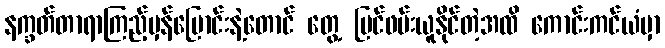
နက္ခတ်တာရာကြည့်မှန်ပြောင်းနဲ့တောင် တွေ့ မြင်ဖမ်းယူနိုင်တဲ့အထိ ကောင်းကင်ယံမှာ